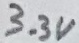
Text: 3.3V